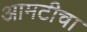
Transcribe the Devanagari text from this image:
आमटीचा